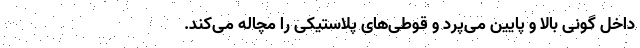
داخل گونی بالا و پایین می‌پرد و قوطی‌های پلاستیکی را مچاله می‌کند.